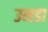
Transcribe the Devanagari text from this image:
उमडा